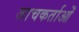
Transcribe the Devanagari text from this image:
जाचकर्ताओं